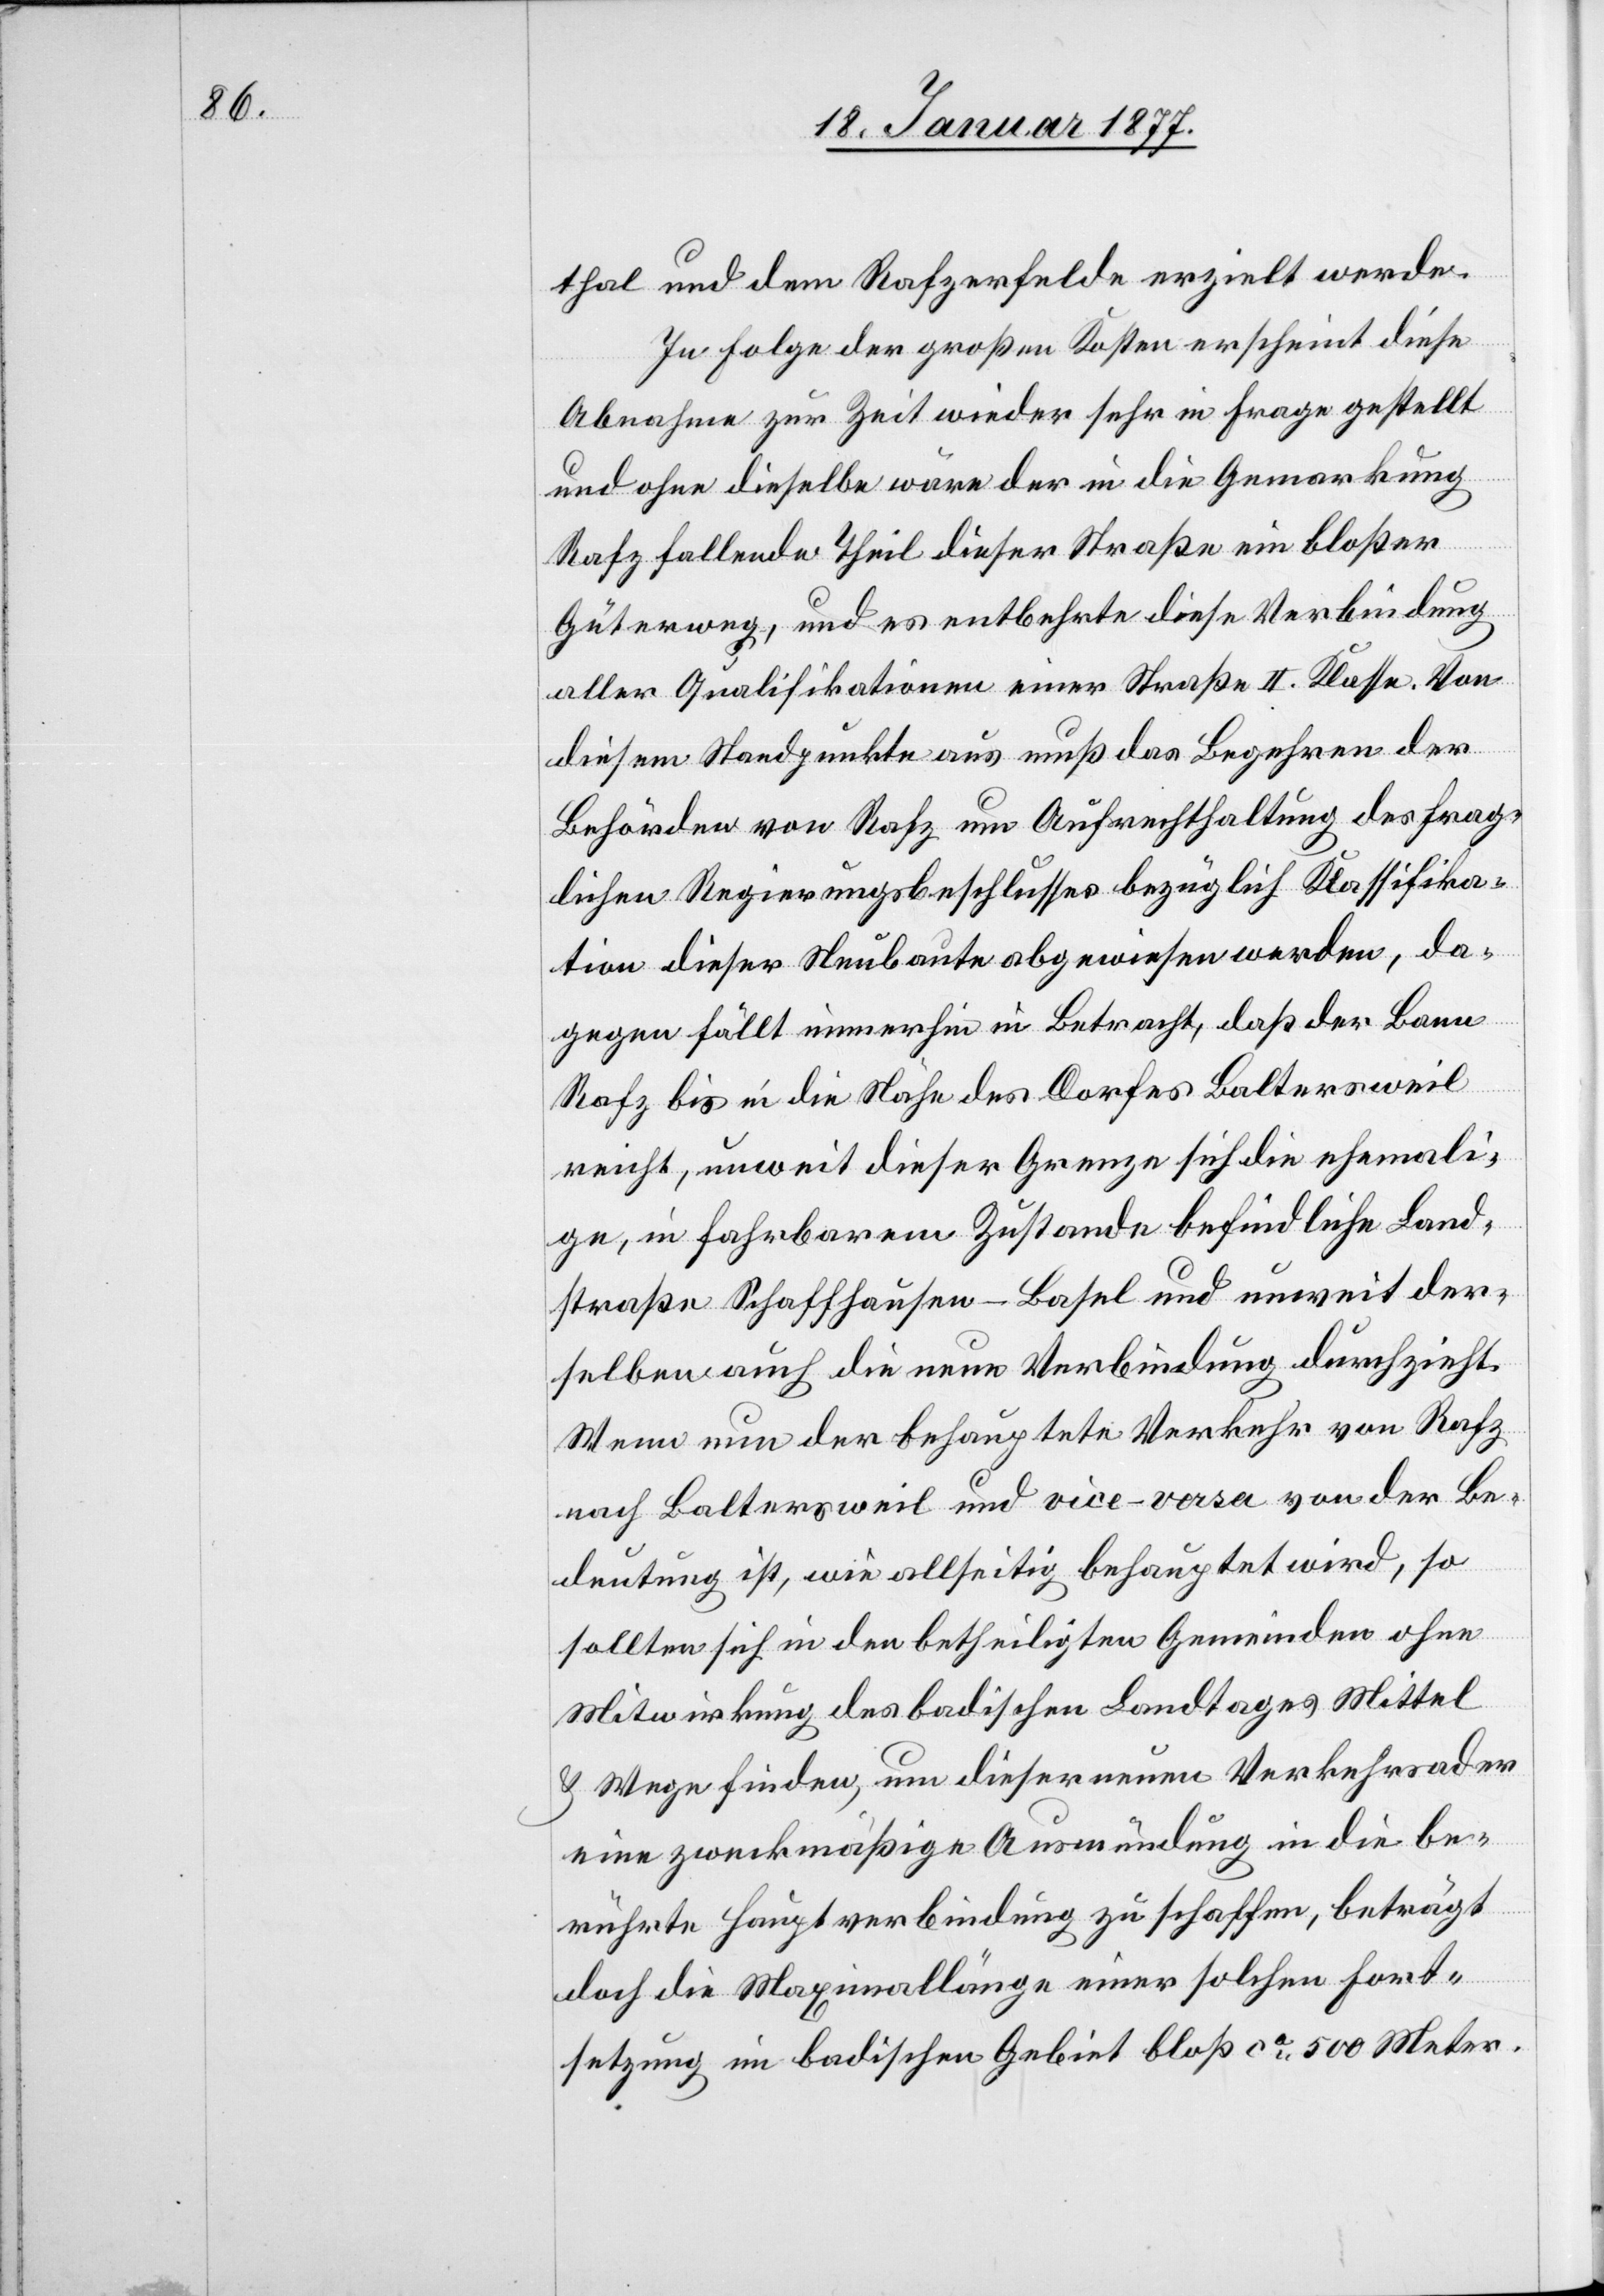
In Folge der großen Kosten erscheint diese
Abnahme zur Zeit wieder sehr in Frage gestellt
und ohne dieselbe wäre der in die Gemarkung
werde.
Rafz fallende Theil dieser Straße ein bloßer
Güterweg, und es entbehrte diese Verbindung
aller Qualifikationen einer Straße II. Klasse. Von
diesem Standpunkte aus muß das Begehren der
Behörden von Rafz um Aufrechterhaltung des frag¬
lichen Regierungsbeschlusses bezüglich Klassifika¬
tion dieser Neubaute abgewiesen werden, da¬
gegen fällt immerhin in Betracht, daß der Bann
Rafz bis in die Nähe des Dorfes Baltersweil
reicht, unweit dieser Grenze sich die ehemali¬
ge, in fahrbarem Zustande befindliche Land¬
straße Schaffhausen–Basel und unweit der¬
selben auch die neue Verbindung durchzieht.
Wenn nun der behauptete Verkehr von Rafz
nach Baltersweil und vice-versa von der Be¬
deutung ist, wie allseitig behauptet wird, so
sollten sich in den betheiligten Gemeinden ohne
Mitwirkung des badischen Landtages Mittel
& Wege finden, um dieser neuen Verkehrsader
eine zweckmäßige Ausmündung in die be¬
rührte Hauptverbindung zu schaffen, beträgt
doch die Maximallänge einer solchen Fort¬
setzung im badischen Gebiet bloß ca 500 Meter.